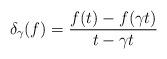
LaTeX: \begin{align*}\delta_\gamma(f) = \frac{f(t)-f(\gamma t)}{t-\gamma t} \end{align*}